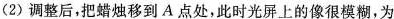
(2)调整后，把蜡烛移到A点处，此时光屏上的像很模糊，为